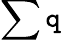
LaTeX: \sum\mathtt{q}